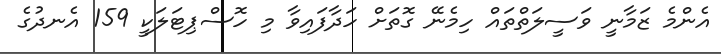
އެންމެ ޒަމާނީ ވަސީލަތްތައް ހިމެނޭ ގޮތަށް ހަދާފައިވާ މި ހޮސްޕިޓަލަކީ 159 އެނދުގެ